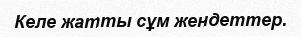
Келе жатты сұм жендеттер.